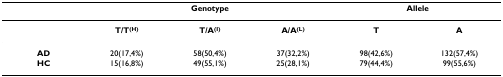
<table><thead><tr><td></td><td colspan="3"><b>Genotype</b></td><td colspan="2"><b>Allele</b></td></tr></thead><tbody><tr><td></td><td><b>T/T<sup>(H)</sup></b></td><td><b>T/A<sup>(I)</sup></b></td><td><b>A/A<sup>(L)</sup></b></td><td><b>T</b></td><td><b>A</b></td></tr><tr><td><b>AD</b></td><td>20(17,4%)</td><td>58(50,4%)</td><td>37(32,2%)</td><td>98(42,6%)</td><td>132(57,4%)</td></tr><tr><td><b>HC</b></td><td>15(16,8%)</td><td>49(55,1%)</td><td>25(28,1%)</td><td>79(44,4%)</td><td>99(55,6%)</td></tr></tbody></table>